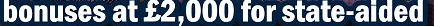
bonuses at $2000 for state-aided